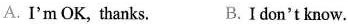
A. I'mOK, thanks. B.Idon'tknow.